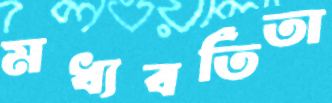
মধ্যবর্তিতা